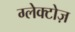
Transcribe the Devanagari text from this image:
ग्लेक्टोज़